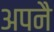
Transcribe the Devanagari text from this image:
अपनै